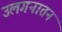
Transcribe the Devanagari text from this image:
उलगनातन